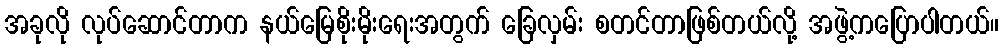
အခုလို လုပ်ဆောင်တာက နယ်မြေစိုးမိုးရေးအတွက် ခြေလှမ်း စတင်တာဖြစ်တယ်လို့ အဖွဲ့ကပြောပါတယ်။